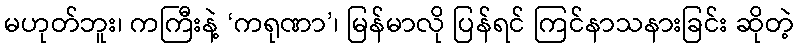
မဟုတ်ဘူး၊ ကကြီးနဲ့ ‘ကရုဏာ’၊ မြန်မာလို ပြန်ရင် ကြင်နာသနားခြင်း ဆိုတဲ့